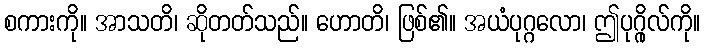
စကားကို။ အာသတိ၊ ဆိုတတ်သည်။ ဟောတိ၊ ဖြစ်၏။ အယံပုဂ္ဂလော၊ ဤပုဂ္ဂိုလ်ကို။